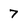
Character: 7